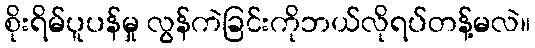
စိုးရိမ်ပူပန်မှု လွန်ကဲခြင်းကိုဘယ်လိုရပ်တန့်မလဲ။